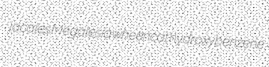
jacales Megalesia wheencat hydroxybenzene